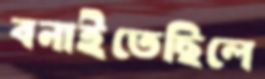
বনাইতেছিলে